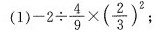
(1) $$-2 \div \frac{4}{9}\times(\frac{2}{3})^{2}$$